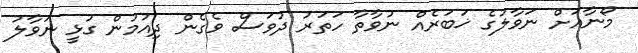
މޯނާއަށް ނަވާލުގެ ޚަބަރެއް ނުވާތާ ހަތަރު ދުވަސް ވެގެން ދިއުމުން ގުޅީ ނަވާލު